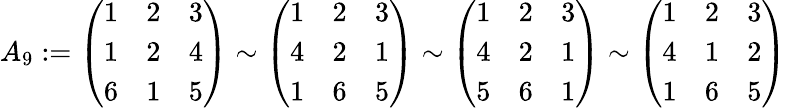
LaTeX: A_{9}:=\left(\begin{array}{lll}{1}&{2}&{3}\\ {1}&{2}&{4}\\ {6}&{1}&{5}\end{array}\right)\sim\left(\begin{array}{lll}{1}&{2}&{3}\\ {4}&{2}&{1}\\ {1}&{6}&{5}\end{array}\right)\sim\left(\begin{array}{lll}{1}&{2}&{3}\\ {4}&{2}&{1}\\ {5}&{6}&{1}\end{array}\right)\sim\left(\begin{array}{lll}{1}&{2}&{3}\\ {4}&{1}&{2}\\ {1}&{6}&{5}\end{array}\right)